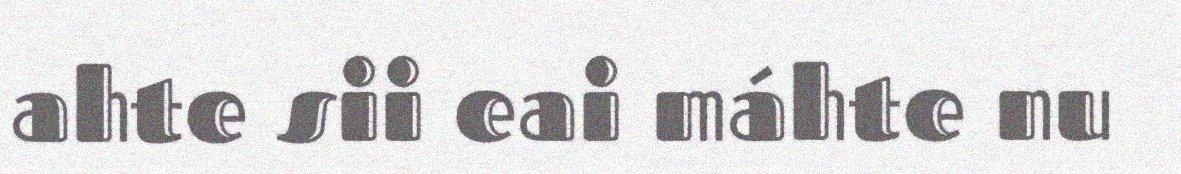
ahte sii eai máhte nu